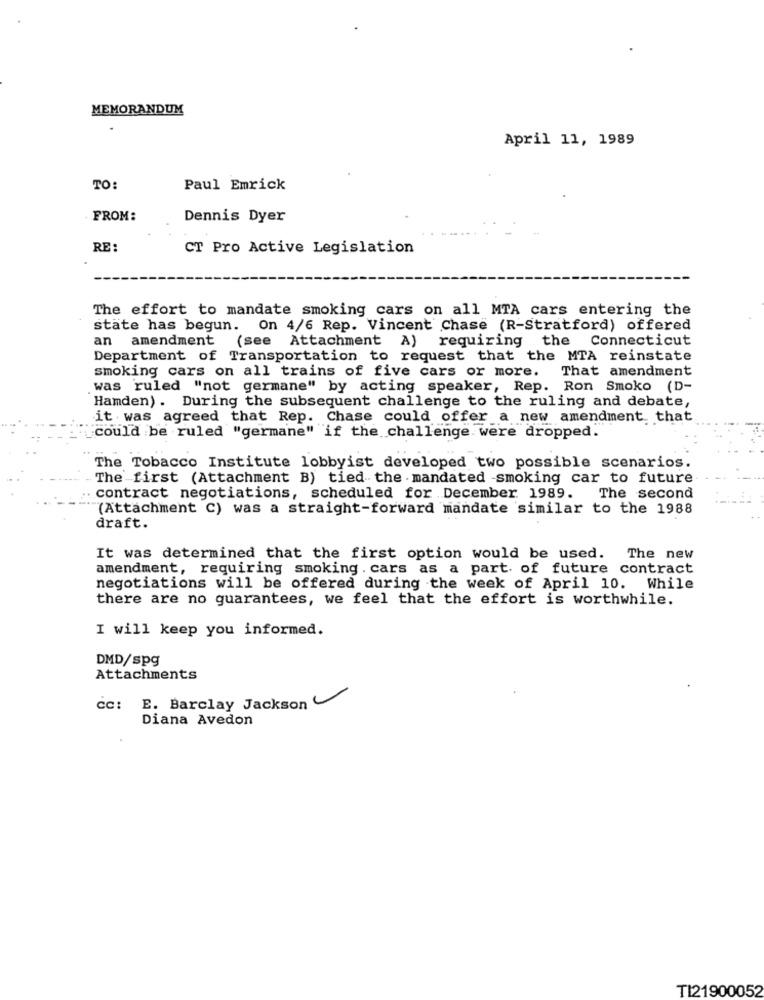
MEMORANDUM
April 11, 1989
TO:
Paul Emrick
FROM:
Dennis Dyer
RE:
CT Pro Active Legislation
The effort to mandate smoking cars on all MTA cars entering the
state has begun. On 4/6 Rep. Vincent Chase (R-Stratford) offered
an amendment (see Attachment A) requiring the Connecticut
Department of Transportation to request that the MTA reinstate
smoking cars on all trains of five cars or more. That amendment
was ruled "not germane" by acting speaker, Rep. Ron Smoko (D-
Hamden). During the subsequent challenge to the ruling and debate,
it was agreed that Rep. Chase could offer a new amendment that
could be ruled "germane" if the challenge were dropped.
The Tobacco Institute lobbyist developed two possible scenarios.
The first (Attachment B) tied the - mandated -smoking car to future
contract negotiations, scheduled for December 1989. The second
(Attachment C) was a straight-forward mandate similar to the 1988
draft.
It was determined that the first option would be used. The new
amendment, requiring smoking . cars as a part of future contract
negotiations will be offered during the week of April 10. While
there are no guarantees, we feel that the effort is worthwhile.
I will keep you informed.
DMD/spg
Attachments
cc: E. Barclay Jackson
Diana Avedon
TI21900052